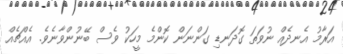
އަރާމު އެނދެއް ނުވަތަ ގޮދަނޑި ގަންނަން ކޮންމެ މީހަކު ވެސް ބޭނުންވާނެވެ. އެއްޗެއް